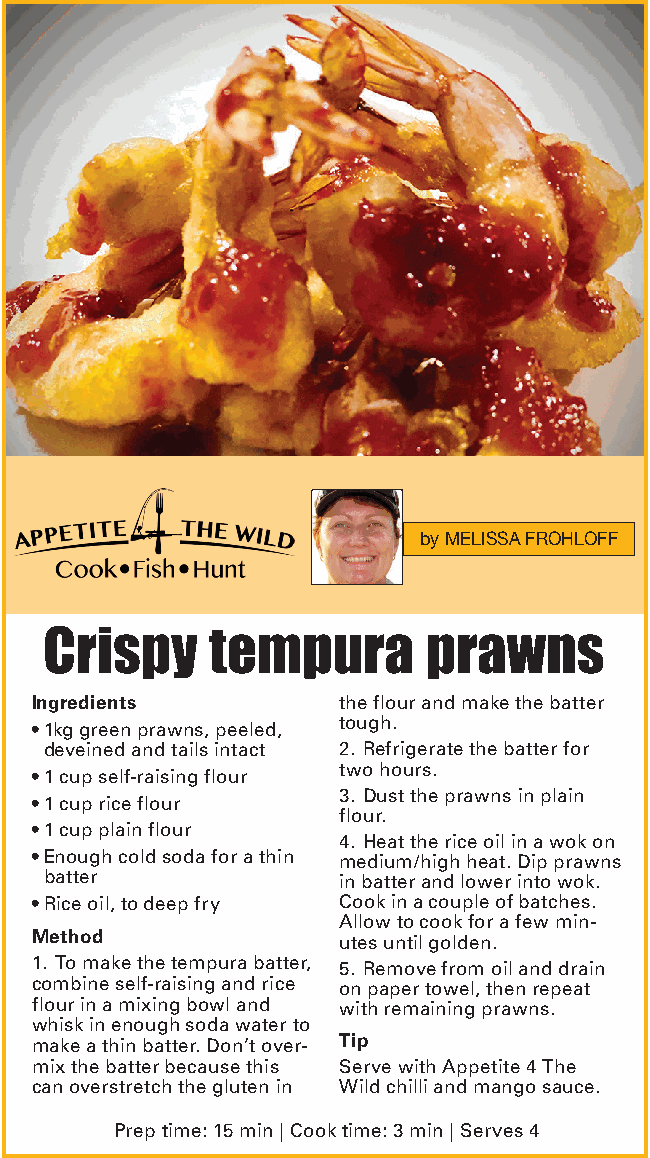
by MELISSA FROHLOFF
 Crispy     tempura       prawns
 Ingredients         the flour and make the batter
 tough.
 • 1kg green prawns, peeled,
 deveined and tails intact 2. Refrigerate the batter for
 two hours.
 • 1 cup self-raising flour
 3. Dust the prawns in plain
 • 1 cup rice flour
 flour.
 • 1 cup plain flour
 4. Heat the rice oil in a wok on
 • Enough cold soda for a thin medium/high heat. Dip prawns
 batter             in batter and lower into wok.
 • Rice oil, to deep fry Cook in a couple of batches.
 Allow to cook for a few min-
 Method              utes until golden.
 1. To make the tempura batter, 5. Remove from oil and drain
 combine self-raising and rice on paper towel, then repeat
 flour in a mixing bowl and with remaining prawns.
 whisk in enough soda water to
 make a thin batter. Don’t over- Tip
 mix the batter because this Serve with Appetite 4 The
 can overstretch the gluten in Wild chilli and mango sauce.
 Prep time: 15 min | Cook time: 3 min | Serves 4